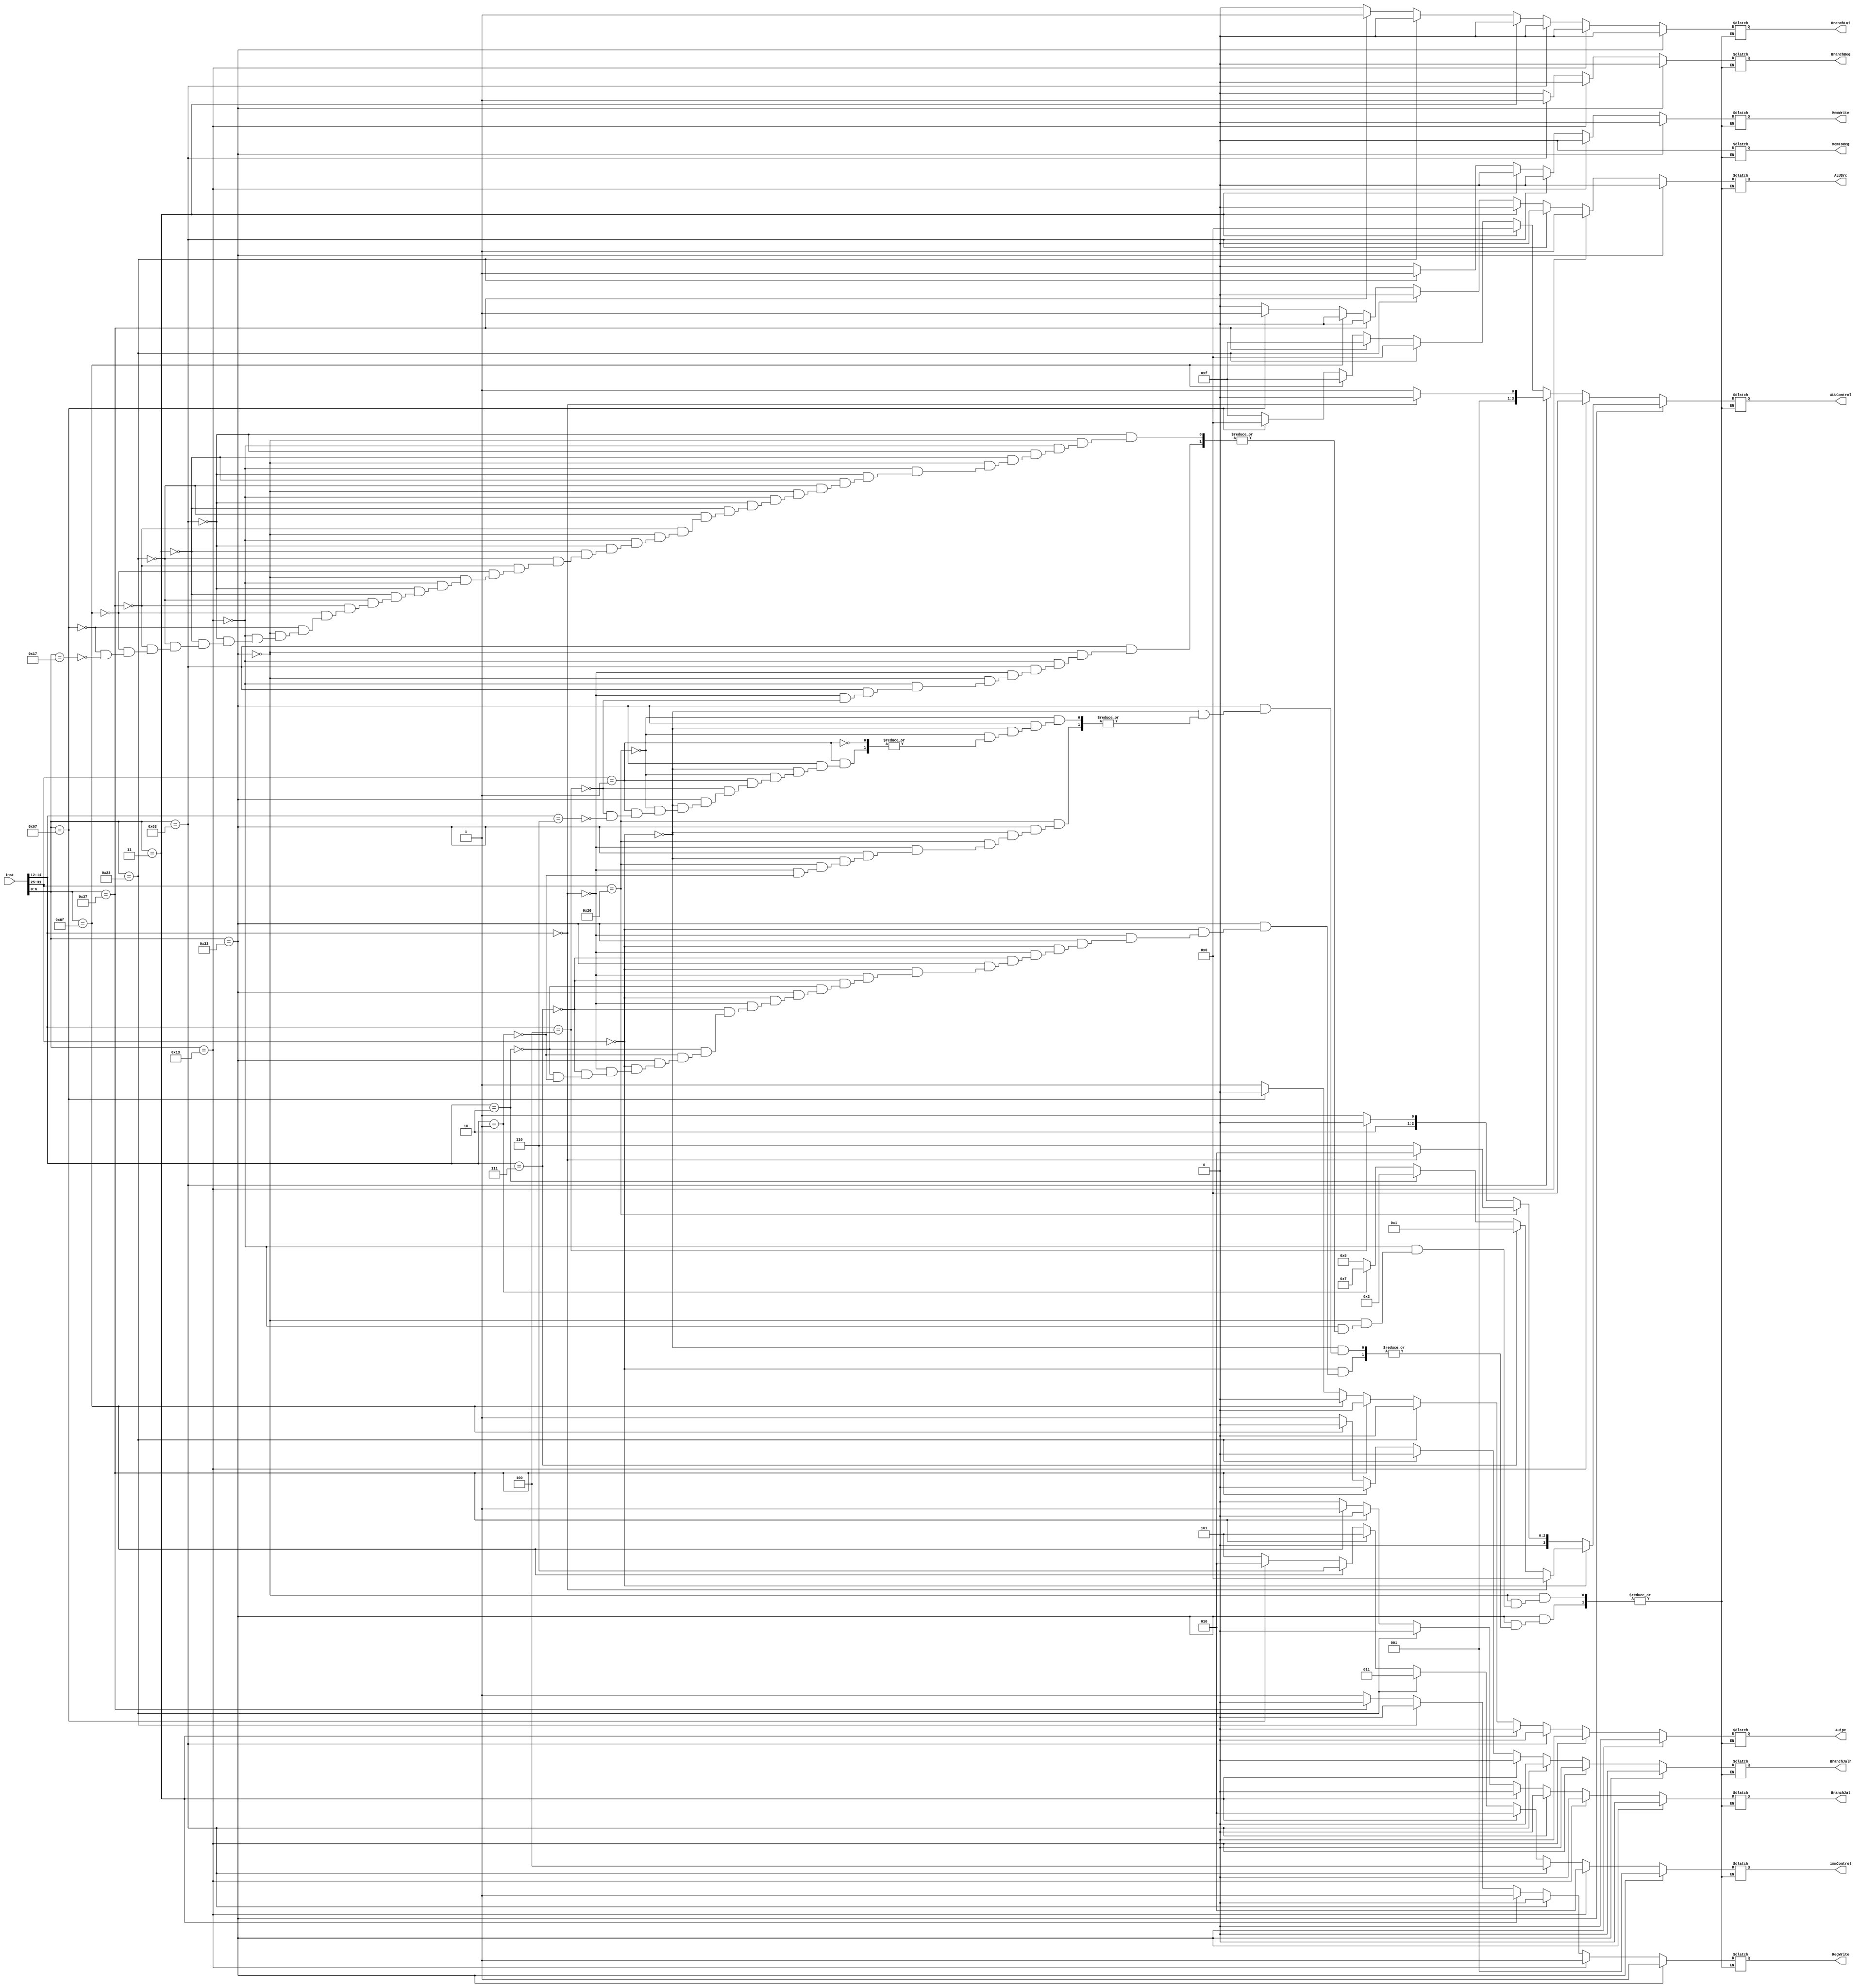
module ControlUnit (
    input [31:0] inst,

    output reg BranchBeq, 
    output reg BranchJal,
    output reg BranchJalr,
    output reg RegWrite,
    output reg MemToReg,
    output reg MemWrite, 
    output reg [3:0] ALUControl,
    output reg ALUSrc,
    output reg [2:0]immControl,
    output reg BranchLui,
    output reg Auipc
);

always @(*)
begin 

    if (inst [6:0] == 'b0110011) // 9 instr
    begin
        if ( inst [31:25] == 'b0000000) // add, and, slt, sll, srl
        begin
            if ( inst [14:12] == 'b000 ) // add
            begin 
            BranchBeq   = 'b0;
            BranchJal   = 'b0;
            BranchJalr  = 'b0;
            RegWrite    = 'b1;
            MemToReg    = 'b0;
            MemWrite    = 'b0;
            ALUControl  = 'b0000; // +
            ALUSrc      = 'b0;
            immControl  = 'b001; // R
            BranchLui   = 'b0;
            Auipc       = 'b0;
            end else if ( inst [14:12] == 'b111 ) // and
            begin 
            BranchBeq   = 'b0;
            BranchJal   = 'b0;
            BranchJalr  = 'b0;
            RegWrite    = 'b1;
            MemToReg    = 'b0;
            MemWrite    = 'b0;
            ALUControl  = 'b0001; // &
            ALUSrc      = 'b0;
            immControl  = 'b001; // R
            BranchLui   = 'b0;
            Auipc       = 'b0;
             end else if ( inst [14:12] == 'b010 ) // slt
            begin 
            BranchBeq   = 'b0;
            BranchJal   = 'b0;
            BranchJalr  = 'b0;
            RegWrite    = 'b1;
            MemToReg    = 'b0;
            MemWrite    = 'b0;
            ALUControl  = 'b0011; // <
            ALUSrc      = 'b0;
            immControl  = 'b001; // R
            BranchLui   = 'b0;
            Auipc       = 'b0;
            end else if ( inst [14:12] == 'b001 ) // sll
            begin 
            BranchBeq   = 'b0;
            BranchJal   = 'b0;
            BranchJalr  = 'b0;
            RegWrite    = 'b1;
            MemToReg    = 'b0;
            MemWrite    = 'b0;
            ALUControl  = 'b0111; // <<
            ALUSrc      = 'b0;
            immControl  = 'b001; // R
            BranchLui   = 'b0;
            Auipc       = 'b0;
            end else if ( inst [14:12] == 'b001 ) // srl
            begin 
            BranchBeq   = 'b0;
            BranchJal   = 'b0;
            BranchJalr  = 'b0;
            RegWrite    = 'b1;
            MemToReg    = 'b0;
            MemWrite    = 'b0;
            ALUControl  = 'b1000; // >>
            ALUSrc      = 'b0;
            immControl  = 'b001; // R
            BranchLui   = 'b0;
            Auipc       = 'b0;
            end
        end else if ( inst [31:25] == 'b0100000 ) // sub, sra
        begin
            if ( inst [14:12] == 'b000 ) // sub
            begin 
            BranchBeq   = 'b0;
            BranchJal   = 'b0;
            BranchJalr  = 'b0;
            RegWrite    = 'b1;
            MemToReg    = 'b0;
            MemWrite    = 'b0;
            ALUControl  = 'b0010; // -
            ALUSrc      = 'b0;
            immControl  = 'b001; // R
            BranchLui   = 'b0;
            Auipc       = 'b0;
            end else if ( inst [14:12] == 'b001 ) // sra
            begin 
            BranchBeq   = 'b0;
            BranchJal   = 'b0;
            BranchJalr  = 'b0;
            RegWrite    = 'b1;
            MemToReg    = 'b0;
            MemWrite    = 'b0;
            ALUControl  = 'b0110; // >>>
            ALUSrc      = 'b0;
            immControl  = 'b001; // R
            BranchLui   = 'b0;
            Auipc       = 'b0;
            end
        end else if ( inst [31:25] == 'b0000001 ) // div, rem
        begin
            if ( inst [14:12] == 'b100 ) // div
            begin 
            BranchBeq   = 'b0;
            BranchJal   = 'b0;
            BranchJalr  = 'b0;
            RegWrite    = 'b1;
            MemToReg    = 'b0;
            MemWrite    = 'b0;
            ALUControl  = 'b0100; // /
            ALUSrc      = 'b0;
            immControl  = 'b001; // R
            BranchLui   = 'b0;
            Auipc       = 'b0;
            end else if ( inst [14:12] == 'b110 ) // rem
            begin 
            BranchBeq   = 'b0;
            BranchJal   = 'b0;
            BranchJalr  = 'b0;
            RegWrite    = 'b1;
            MemToReg    = 'b0;
            MemWrite    = 'b0;
            ALUControl  = 'b0101; // %
            ALUSrc      = 'b0;
            immControl  = 'b001; // R
            BranchLui   = 'b0;
            Auipc       = 'b0;
            end
        end

    end else if ( inst [6:0] == 'b0010011 ) // addi
    begin
        BranchBeq   = 'b0;
        BranchJal   = 'b0;
        BranchJalr  = 'b0;
        RegWrite    = 'b1;
        MemToReg    = 'b0;
        MemWrite    = 'b0;
        ALUControl  = 'b0000; // +
        ALUSrc      = 'b1;
        immControl  = 'b010; // I
        BranchLui   = 'b0;
        Auipc       = 'b0;
    end else if ( inst [6:0] == 'b1100011 ) // beq, blt
    begin 
        if ( inst [14:12] == 'b000 )        // beq
        begin
        BranchBeq   = 'b1;
        BranchJal   = 'b0;
        BranchJalr  = 'b0;
        RegWrite    = 'b0;
        MemToReg    = 'b0;
        MemWrite    = 'b0;
        ALUControl  = 'b0010; // -
        ALUSrc      = 'b0;
        immControl  = 'b100;  // B
        BranchLui   = 'b0;
        Auipc       = 'b0;
        end else if ( inst [14:12] == 'b100) // blt
        begin
        BranchBeq   = 'b1;
        BranchJal   = 'b0;
        BranchJalr  = 'b0;
        RegWrite    = 'b0;
        MemToReg    = 'b0;
        MemWrite    = 'b0;
        ALUControl  = 'b0011; // <
        ALUSrc      = 'b0;
        immControl  = 'b100;  // B
        BranchLui   = 'b0;
        Auipc       = 'b0;
        end

    end else if ( inst [6:0]  == 'b0000011) // lw
    begin
        BranchBeq   = 'b0;
        BranchJal   = 'b0;
        BranchJalr  = 'b0;
        RegWrite    = 'b1;
        MemToReg    = 'b0;
        MemWrite    = 'b0;
        ALUControl  = 'b0000; // +
        ALUSrc      = 'b0;
        immControl  = 'b010;  // I
        BranchLui   = 'b0;
        Auipc       = 'b0;
    end else if ( inst [6:0] == 'b0100011 ) // sw
     begin
        BranchBeq   = 'b0;
        BranchJal   = 'b0;
        BranchJalr  = 'b0;
        RegWrite    = 'b0;
        MemToReg    = 'b0;
        MemWrite    = 'b1;
        ALUControl  = 'b0000; // +
        ALUSrc      = 'b0;
        immControl  = 'b011;  // S
        BranchLui   = 'b0;
        Auipc       = 'b0;
    end else if ( inst [6:0] == 'b0110111 ) // lui
      begin
        BranchBeq   = 'b0;
        BranchJal   = 'b0;
        BranchJalr  = 'b0;
        RegWrite    = 'b0;
        MemToReg    = 'b0;
        MemWrite    = 'b0;
        ALUControl  = 'b1111; // nothing
        ALUSrc      = 'b0;
        immControl  = 'b101;  // U
        BranchLui   = 'b1;
        Auipc       = 'b0;
    end else if ( inst [6:0] == 'b1101111 ) // jal
      begin
        BranchBeq   = 'b0;
        BranchJal   = 'b1;
        BranchJalr  = 'b0;
        RegWrite    = 'b1;
        MemToReg    = 'b0;
        MemWrite    = 'b0;
        ALUControl  = 'b1111; // nothing
        ALUSrc      = 'b0;
        immControl  = 'b110;  // J
        BranchLui   = 'b0;
        Auipc       = 'b0;
     end else if ( inst [6:0] == 'b1100111 ) // jalr
      begin
        BranchBeq   = 'b0;
        BranchJal   = 'b0;
        BranchJalr  = 'b1;
        RegWrite    = 'b1;
        MemToReg    = 'b0;
        MemWrite    = 'b0;
        ALUControl  = 'b0000; // +
        ALUSrc      = 'b1;
        immControl  = 'b010;  // I
        BranchLui   = 'b0;
        Auipc       = 'b0;
    end else if ( inst [6:0] == 'b0010111 ) // auipc
      begin
        BranchBeq   = 'b0;
        BranchJal   = 'b0;
        BranchJalr  = 'b1;
        RegWrite    = 'b1;
        MemToReg    = 'b0;
        MemWrite    = 'b0;
        ALUControl  = 'b1111; // nothing
        ALUSrc      = 'b0;
        immControl  = 'b101;  // U
        BranchLui   = 'b0;
        Auipc       = 'b1;
        end  
end   
    
endmodule